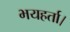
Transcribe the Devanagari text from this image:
भयहर्ता।